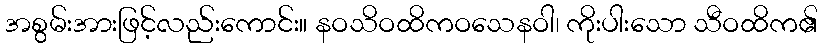
အစွမ်းအားဖြင့်လည်းကောင်း။ နဝသိဝထိကဝသေနဝါ၊ ကိုးပါးသော သီဝထိက၏